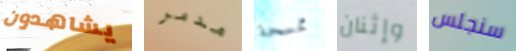
يشاهدون مدمر ممسحة وإثنان سنجلس